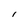
Character: i